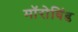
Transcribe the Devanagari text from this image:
मॉरोविंड